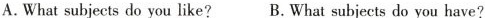
A.What subjects do you like? B. What subjects do you have?